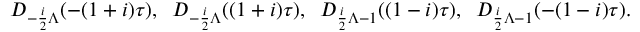
D _ { - \frac { i } { 2 } \Lambda } ( - ( 1 + i ) \tau ) , \; \; D _ { - \frac { i } { 2 } \Lambda } ( ( 1 + i ) \tau ) , \; \; D _ { \frac { i } { 2 } \Lambda - 1 } ( ( 1 - i ) \tau ) , \; \; D _ { \frac { i } { 2 } \Lambda - 1 } ( - ( 1 - i ) \tau ) .